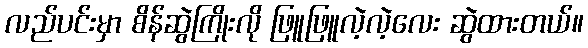
လည်ပင်းမှာ စိန်ဆွဲကြိုးလို ဖြူဖြူလဲ့လဲ့လေး ဆွဲထားတယ်။